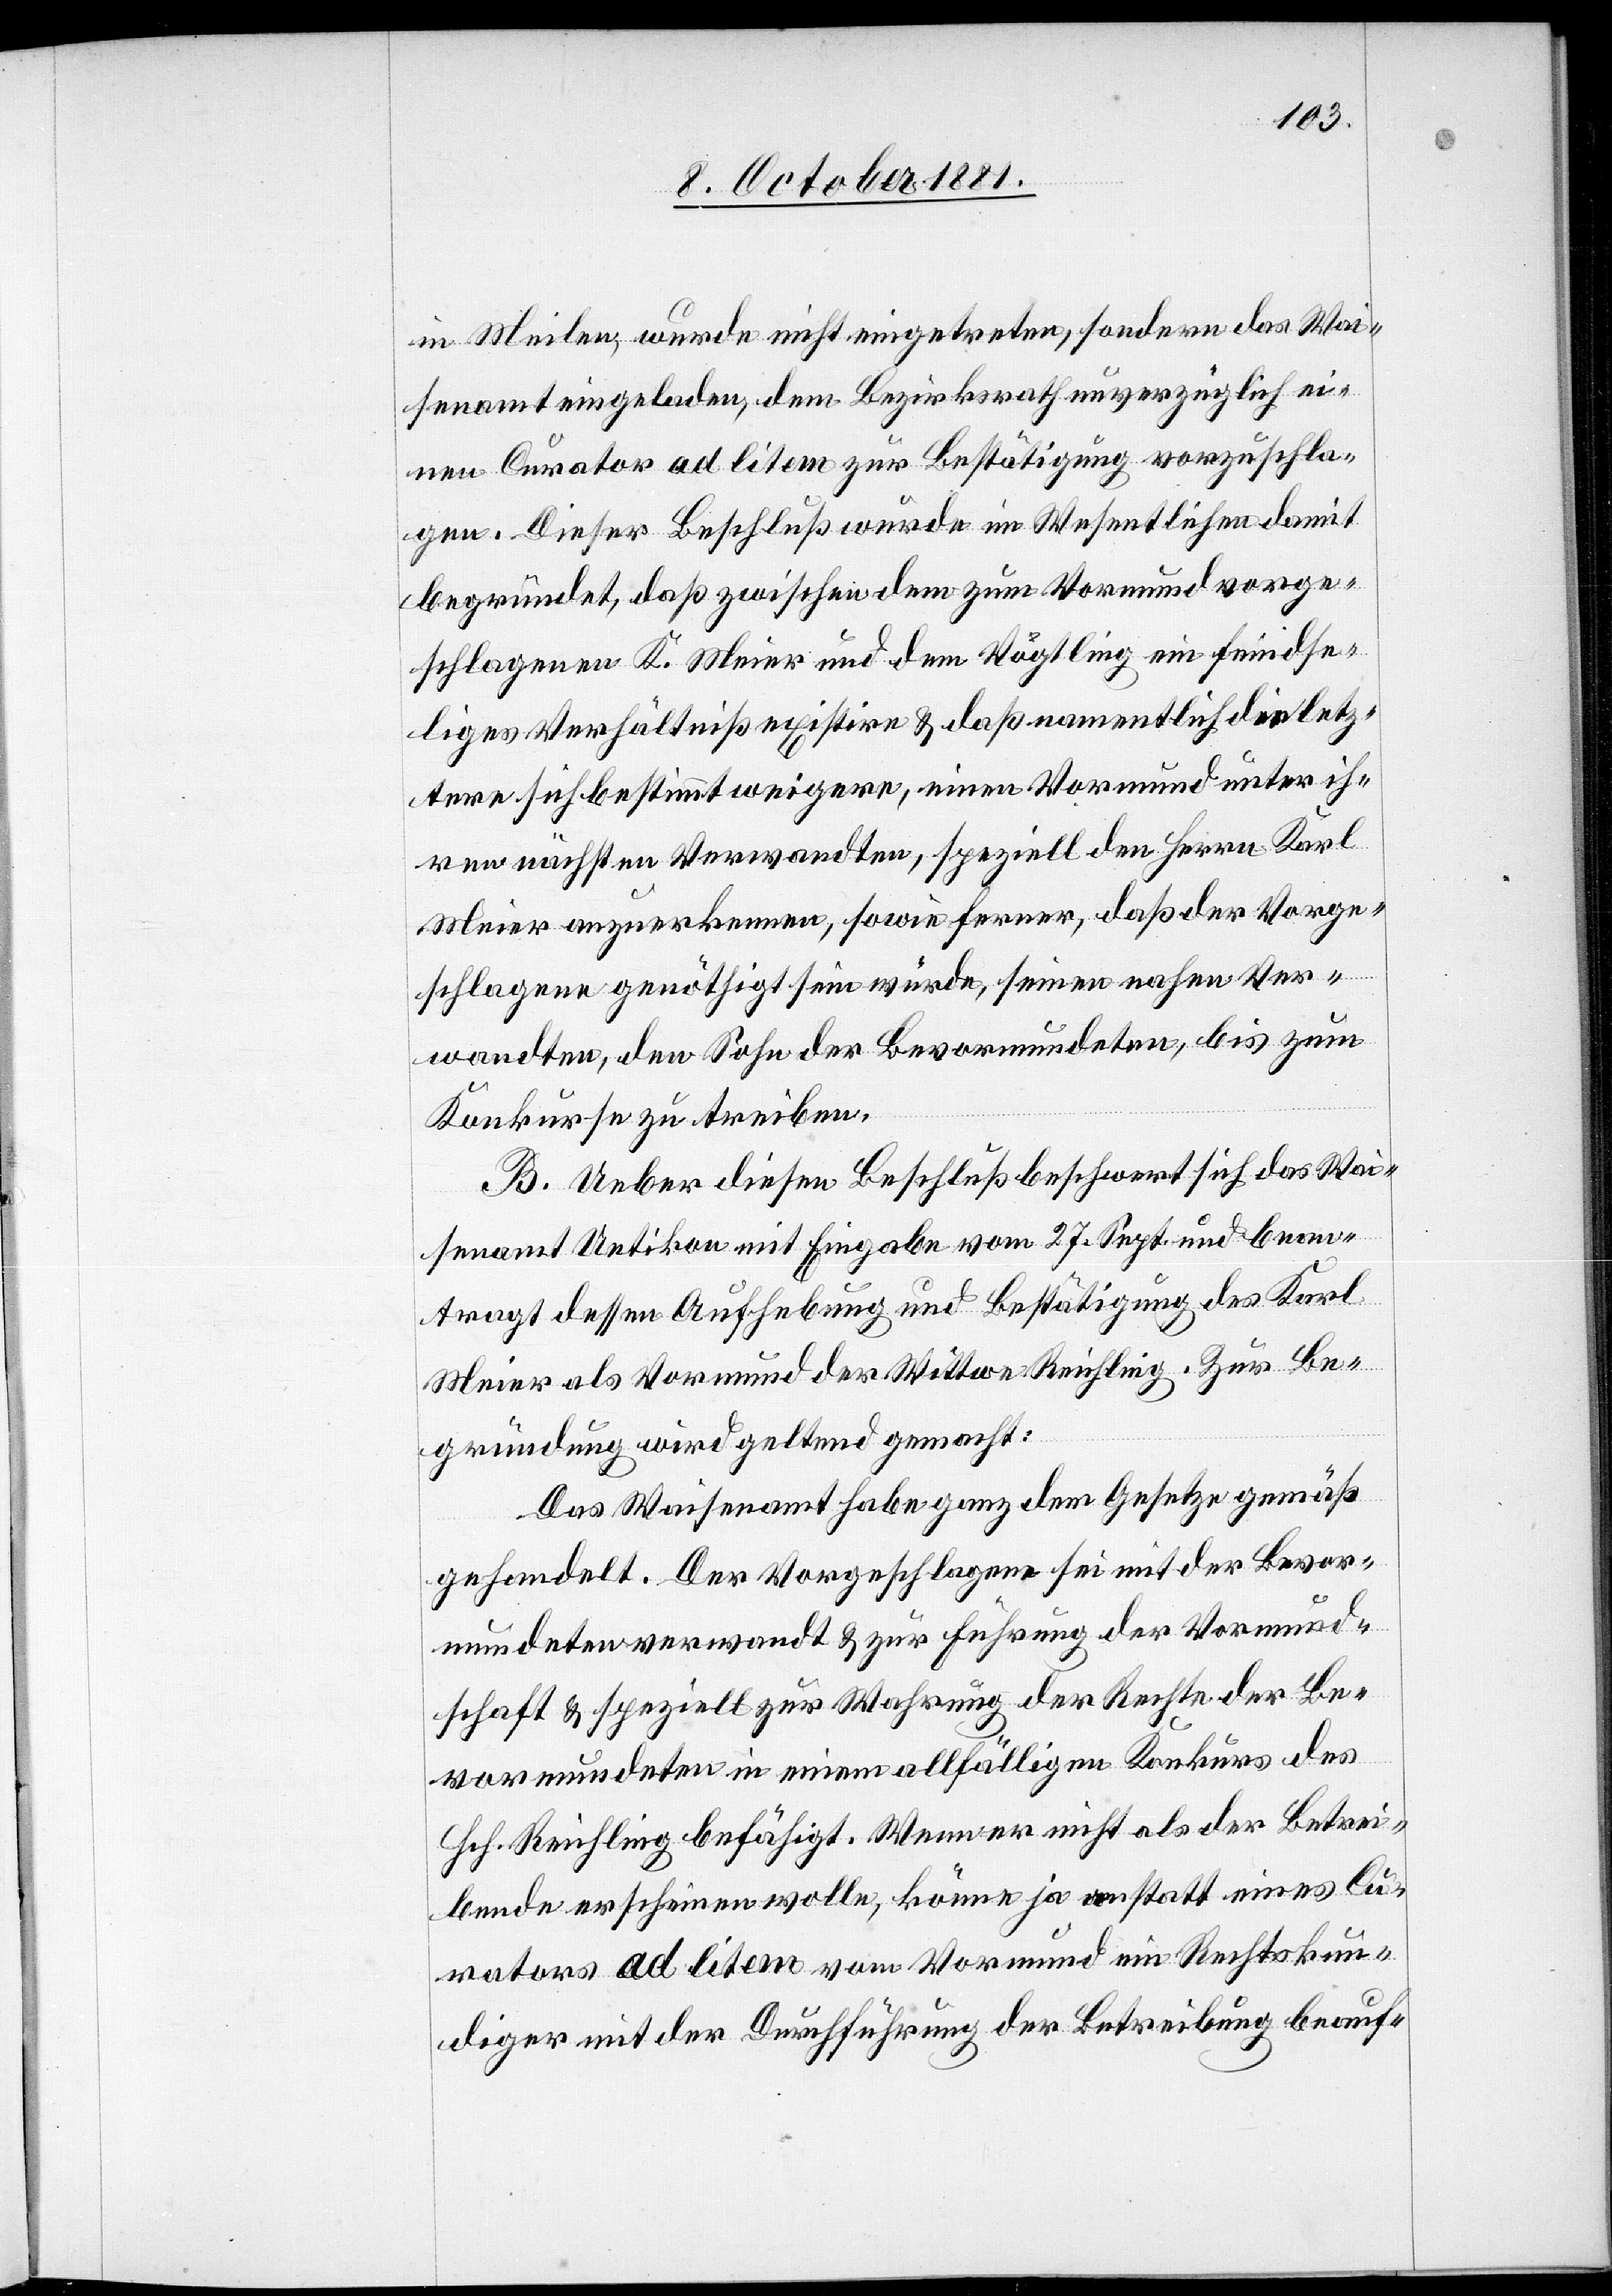
in Meilen, wurde nicht eingetreten, sondern das Wai¬
senamt eingeladen, dem Bezirksrath unverzüglich ei¬
nen Curator ad litem zur Bestätigung vorzuschla¬
gen. Dieser Beschluß wurde im Wesentlichen damit
begründet, daß zwischen dem zum Vormund vorge¬
schlagenen K. Meier und dem Vögtling ein feindse¬
liges Verhältniß existire & daß namentlich die letz¬
tere sich bestimmt weigere, einen Vormund unter ih¬
ren nächsten Verwandten, speziell den Herrn Karl
Meier anzuerkennen, sowie ferner, daß der Vorge¬
schlagene genöthigt sein würde, seinen nahen Ver¬
wandten, den Sohn der Bevormundeten, bis zum
Konkurse zu treiben.
B. Ueber diesen Beschluß beschwert sich das Wai¬
senamt Uetikon mit Eingabe vom 27. Sept. und bean¬
tragt dessen Aufhebung und Bestätigung des Karl
Meier als Vormund der Wittwe Reichling. Zur Be¬
gründung wird geltend gemacht:
Das Waisenamt habe ganz dem Gesetze gemäß
gehandelt. Der Vorgeschlagene sei mit der Bevor¬
mundeten verwandt & zur Führung der Vormund¬
schaft & speziell zur Wahrung der Rechte der Be¬
vormundeten in einem allfälligen Konkurs des
Hch. Reichling befähigt. Wenn er nicht als der Betrei¬
bende erscheinen wolle, könne ja anstatt eines Cu¬
rators ad litem vom Vormund ein Rechtskun¬
diger mit der Durchführung der Betreibung beauf-